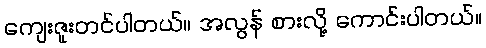
ကျေးဇူးတင်ပါတယ်။ အလွန် စားလို့ ကောင်းပါတယ်။